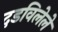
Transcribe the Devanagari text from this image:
दडविलेले